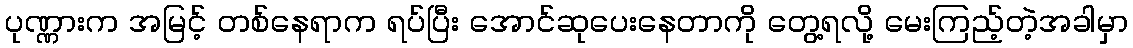
ပုဏ္ဏားက အမြင့် တစ်နေရာက ရပ်ပြီး အောင်ဆုပေးနေတာကို တွေ့ရလို့ မေးကြည့်တဲ့အခါမှာ